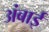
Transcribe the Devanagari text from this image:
अंबाई